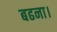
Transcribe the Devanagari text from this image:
बढना।